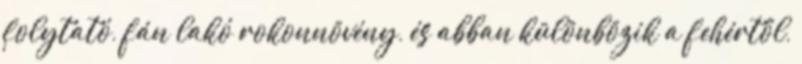
folytató, fán lakó rokonnövény, és abban különbözik a fehértől,